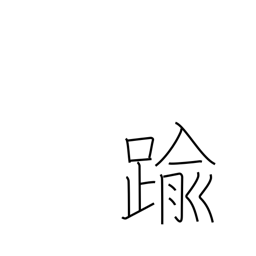
Meaning: go beyond